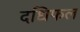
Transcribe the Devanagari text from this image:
दधिफल